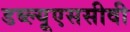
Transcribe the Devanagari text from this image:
डब्ल्यूएससीवी